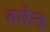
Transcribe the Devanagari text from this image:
वारेन्द्र